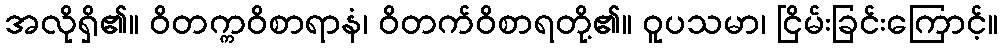
အလိုရှိ၏။ ဝိတက္ကဝိစာရာနံ၊ ဝိတက်ဝိစာရတို့၏။ ဝူပသမာ၊ ငြိမ်းခြင်းကြောင့်။